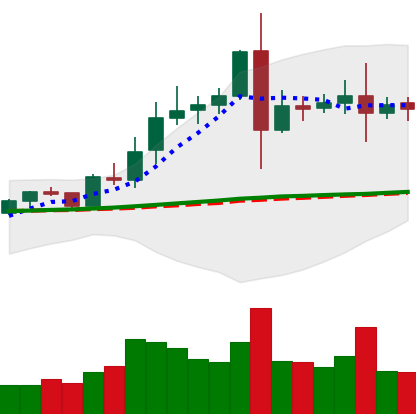
Ticker: EOS-USD
Chart end date: 2020-08-09
Forward return: 7.308%
Label: up_7plus